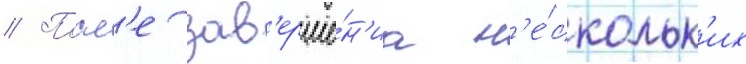
// Посл'е зав'ерше́н'иа н'е́скольк'их